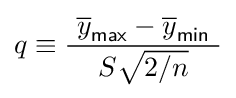
q\equiv {\frac {\ {\overline {y}}_{\mathsf {max}}-{\overline {y}}_{\mathsf {min}}\ }{\ S{\sqrt {2/n}}\ }}